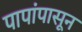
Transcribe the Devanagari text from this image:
पापांपासून